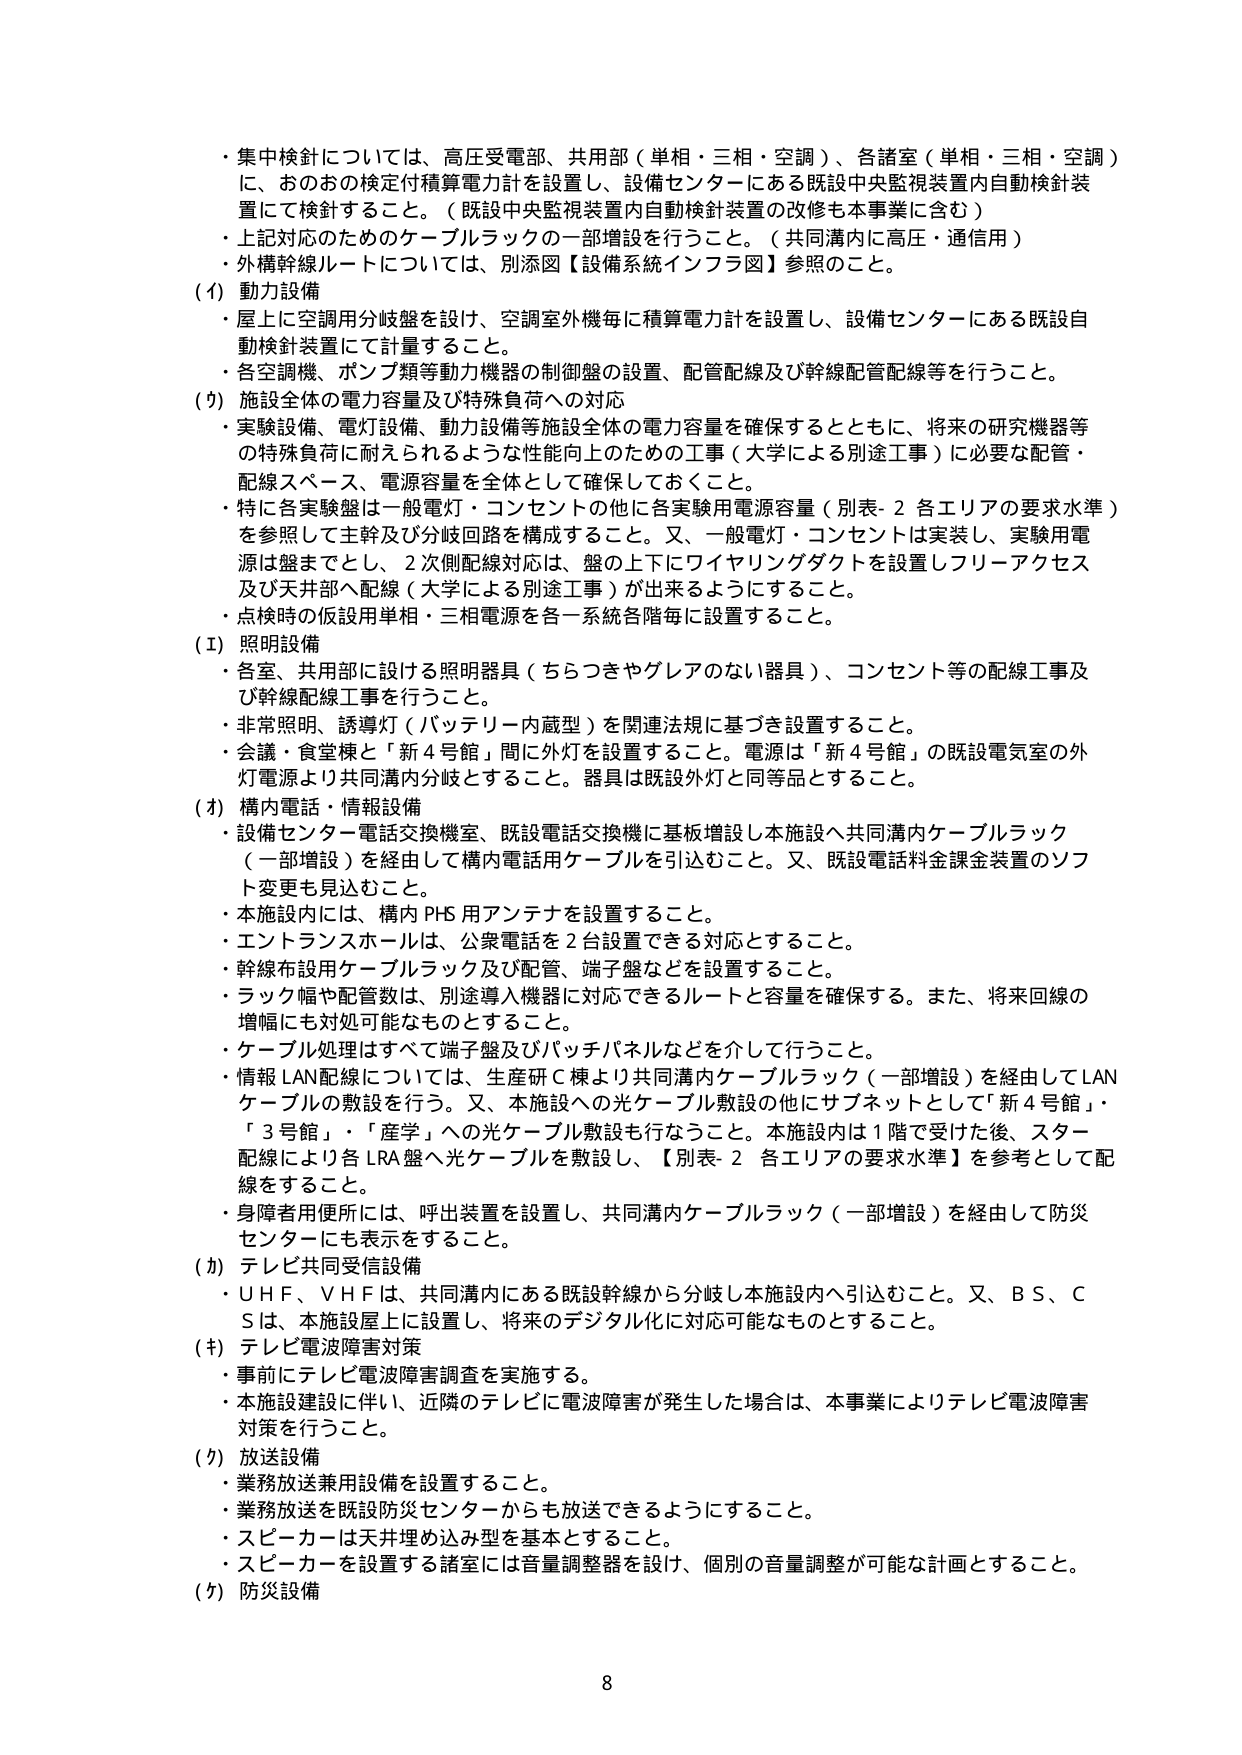
・集中検針については、高圧受電部、共用部（単相・三相・空調）、各諸室（単相・三相・空調）に、おのおの検定付積算電力計を設置し、設備センターにある既設中央監視装置内自動検針装置にて検針すること。（既設中央監視装置内自動検針装置の改修も本事業に含む）
・上記対応のためのケーブルラックの一部増設を行うこと。（共同溝内に高圧・通信用）
・外構幹線ルートについては、別添図【設備系統インフラ図】参照のこと。

（イ）動力設備
・屋上に空調用分岐盤を設け、空調室外機毎に積算電力計を設置し、設備センターにある既設自動検針装置にて計量すること。
・各空調機、ポンプ類等動力機器の制御盤の設置、配管配線及び幹線配管配線等を行うこと。

（ウ）施設全体の電力容量及び特殊負荷への対応
・実験設備、電灯設備、動力設備等施設全体の電力容量を確保するとともに、将来の研究機器等の特殊負荷に耐えられるような性能向上のための工事（大学による別途工事）に必要な配管・配線スペース、電源容量を全体として確保しておくこと。
・特に各実験盤は一般電灯・コンセントの他に各実験用電源容量（別表-2 各エリアの要求水準）を参照して主幹及び分岐回路を構成すること。又、一般電灯・コンセントは実装し、実験用電源は盤までとし、2次側配線対応は、盤の上下にワイヤリングダクトを設置しフリーアクセス及び天井部へ配線（大学による別途工事）が出来るようにすること。
・点検時の仮設用単相・三相電源を各一系統各階毎に設置すること。

（エ）照明設備
・各室、共用部に設ける照明器具（ちらつきやグレアのない器具）、コンセント等の配線工事及び幹線配線工事を行うこと。
・非常照明、誘導灯（バッテリー内蔵型）を関連法規に基づき設置すること。
・会議・食堂棟と「新4号館」間に外灯を設置すること。電源は「新4号館」の既設電気室の外灯電源より共同溝内分岐とすること。器具は既設外灯と同等品とすること。

（オ）構内電話・情報設備
・設備センター電話交換機室、既設電話交換機に基板増設し本施設へ共同溝内ケーブルラック（一部増設）を経由して構内電話用ケーブルを引込むこと。又、既設電話料金課金装置のソフト変更も見込むこと。
・本施設内には、構内PHS用アンテナを設置すること。
・エントランスホールは、公衆電話を2台設置できる対応とすること。
・幹線布設用ケーブルラック及び配管、端子盤などを設置すること。
・ラック幅や配管数は、別途導入機器に対応できるルートと容量を確保する。また、将来回線の増幅にも対処可能なものとすること。
・ケーブル処理はすべて端子盤及びパッチパネルなどを介して行うこと。
・情報LAN配線については、生産研C棟より共同溝内ケーブルラック（一部増設）を経由してLANケーブルの敷設を行う。又、本施設への光ケーブル敷設の他にサブネットとして「新4号館」・「3号館」・「産学」への光ケーブル敷設も行なうこと。本施設内は1階で受けた後、スター配線により各LRA盤へ光ケーブルを敷設し、【別表-2 各エリアの要求水準】を参考として配線をすること。
・身障者用便所には、呼出装置を設置し、共同溝内ケーブルラック（一部増設）を経由して防災センターにも表示をすること。

（カ）テレビ共同受信設備
・UHF、VHFは、共同溝内にある既設幹線から分岐し本施設内へ引込むこと。又、BS、CSは、本施設屋上に設置し、将来のデジタル化に対応可能なものとすること。

（キ）テレビ電波障害対策
・事前にテレビ電波障害調査を実施する。
・本施設建設に伴い、近隣のテレビに電波障害が発生した場合は、本事業によりテレビ電波障害対策を行うこと。

（ク）放送設備
・業務放送兼用設備を設置すること。
・業務放送を既設防災センターからも放送できるようにすること。
・スピーカーは天井埋め込み型を基本とすること。
・スピーカーを設置する諸室には音量調整器を設け、個別の音量調整が可能な計画とすること。

（ケ）防災設備

8